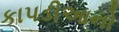
કાપડીઆનો